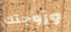
وزوجتك